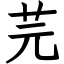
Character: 芫